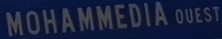
MOHAMMEDIA QUEST